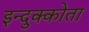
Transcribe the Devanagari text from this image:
इन्दुक्कोता